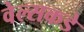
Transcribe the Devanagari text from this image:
वेल्सकडे